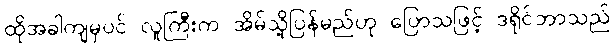
ထိုအခါကျမှပင် လူကြီးက အိမ်သို့ပြန်မည်ဟု ပြောသဖြင့် ဒရိုင်ဘာသည်